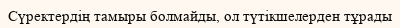
Сүректердің тамыры болмайды, ол түтікшелерден тұрады